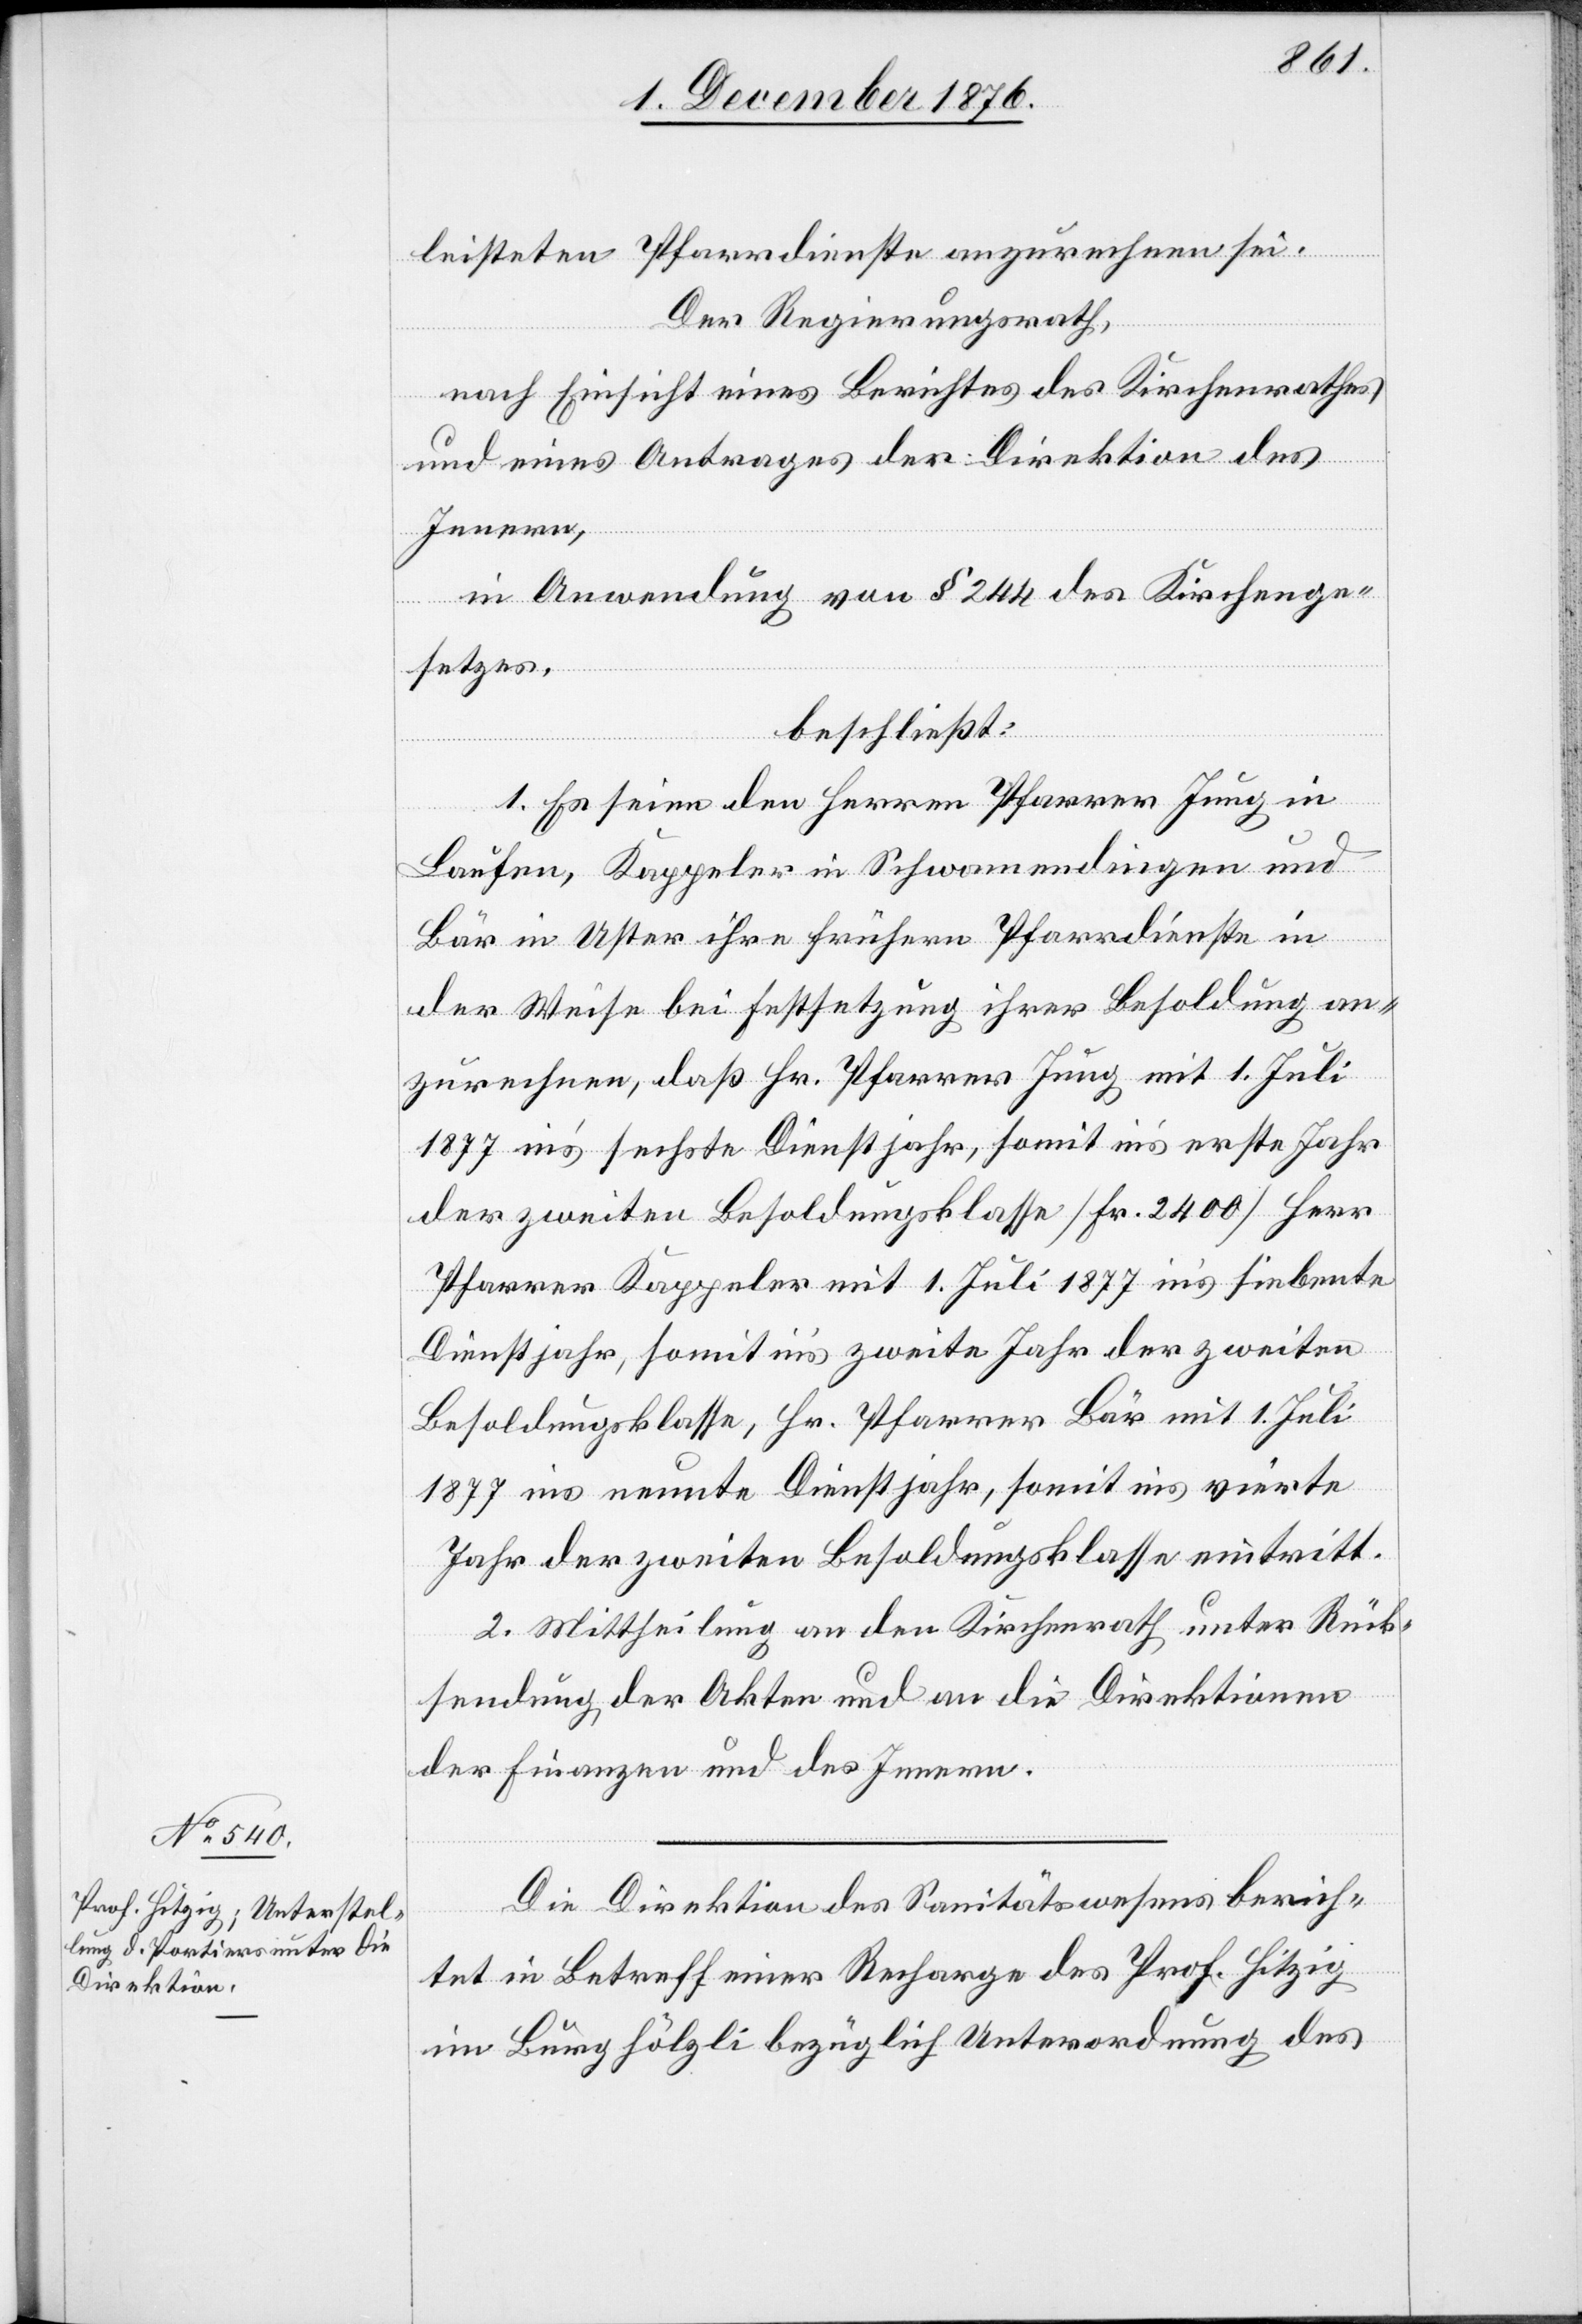
leisteten Pfarrdienste anzurechnen sei.
Der Regierungsrath,
nach Einsicht eines Berichtes des Kirchenrathes
und eines Antrages der Direktion des
Innern,
in Anwendung von § 244 des Kirchenge¬
setzes,
beschließt:
1. Es seien den Herren Pfarrer Jung in
Laufen, Kappeler in Schwamendingen und
Bär in Uster ihre frühern Pfarrdienste in
der Weise bei Festsetzung ihrer Besoldung an¬
zurechnen, daß Hr. Pfarrer Jung mit 1. Juli
1877 in’s sechste Dienstjahr, somit in’s erste Jahr
der zweiten Besoldungsklasse [Fr. 2400] Herr
Pfarrer Kappeler mit 1. Juli 1877 in’s siebente
Dienstjahr, somit in’s zweite Jahr der zweiten
Besoldungsklasse, Hr. Pfarrer Bär mit 1. Juli
1877 ins neunte Dienstjahr, somit ins vierte
Jahr der zweiten Besoldungsklasse eintritt.
2. Mittheilung an den Kirchenrath unter Rück¬
sendung der Akten und an die Direktionen
der Finanzen und des Innern.
Die Direktion des Sanitätswesens berich¬
tet in Betreff einer Recharge des Prof. Hitzig
im Burghölzli bezüglich Unterordnung des